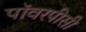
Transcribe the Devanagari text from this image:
पॉवरपीसी